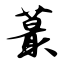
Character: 蕞